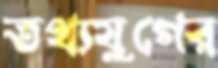
তথ্যযুগের